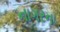
નાગરના